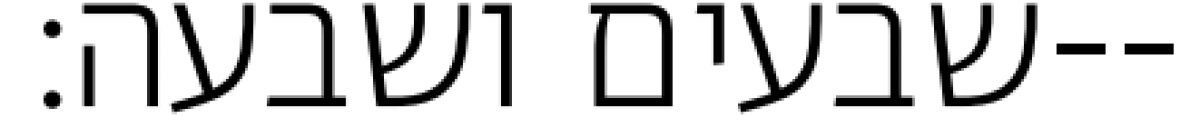
שבעים ושבעה׃--